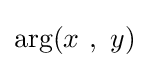
\operatorname {arg} (x\ ,\ y)